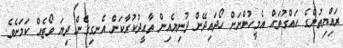
ރައްިޔިތުންގެ ހައްގުތައް އެމީހުންނަށް ހޯދައިދޭން ދުނިޔެއިން ތާއީދުކުރާކަން އެނގިގެން ދިޔަ ވޯޓެއް ކަމަށެވެ.